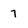
Character: 7